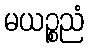
မယဉ္စညံ